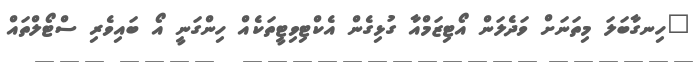
"ހިނގާބަލަ މިތަނަށް ވަދެލަން އޯޓިޒަމްއާ ގުޅިގެން އެކްޓިވިޓީތަކެއް ހިންގަނީ އޯ ބައިވެރި ސްޓޯލްތައް